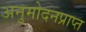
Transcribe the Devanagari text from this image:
अनुमोदनप्राप्त